Epidemic dropsy in Calcutta - Number 49
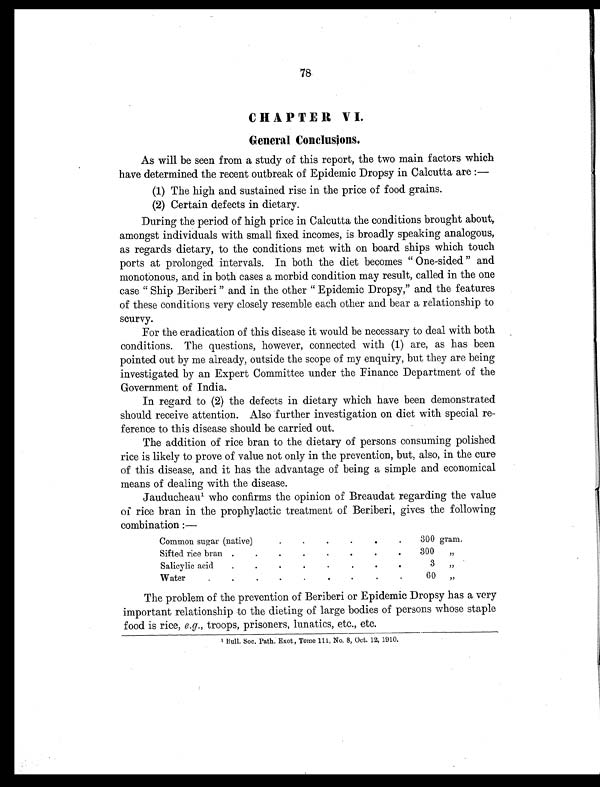
78
CHAPTER VI.
General Conclusions.
As will be seen from a study of this report, the two main factors which
have determined the recent outbreak of Epidemic Dropsy in Calcutta are :
—
(1) The high and sustained rise in the price of food grains.
(2) Certain defects in dietary.
During the period of high price in Calcutta the conditions brought about,
amongst individuals with small fixed incomes, is broadly speaking analogous,
as regards dietary, to the conditions met with on board ships which touch
ports at prolonged intervals. In both the diet becomes “ One-sided ” and
monotonous, and in both cases a morbid condition may result, called in the one
case “ Ship Beriberi ” and in the other “ Epidemic Dropsy,” and the features
of these conditions very closely resemble each other and bear a relationship to
scurvy.
For the eradication of this disease it would be necessary to deal with both
conditions. The questions, however, connected with (1) are, as has been
pointed out by me already, outside the scope of my enquiry, but they are being
investigated by an Expert Committee under the Finance Department of the
Government of India.
In regard to (2) the defects in dietary which have been demonstrated
should receive attention. Also further investigation on diet with special re-
ference to this disease should be carried out.
The addition of rice bran to the dietary of persons consuming polished
rice is likely to prove of value not only in the prevention, but, also, in the cure
of this disease, and it has the advantage of being a simple and economical
means of dealing with the disease.
Jauducheau1 who confirms the opinion of Breaudat regarding the value
of rice bran in the prophylactic treatment of Beriberi, gives the following
combination :—
Common sugar (native)
300 gram.
Sifted rice bran .
.
.
.
.
.
.
.
300 „
Salicylic acid
.
.
.
.
.
.
.
.
3 ,,
Water
.
.
.
.
.
.
.
.
.
60 „
The problem of the prevention of Beriberi or Epidemic Dropsy has a very
important relationship to the dieting of large bodies of persons whose staple
food is rice, e . g ., troops, prisoners, lunatics, etc., etc.
1 Bull. Soc. Path. Exot., Tome 111, No. 8, Oct. 12, 1910.